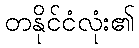
တနိုင်ငံလုံး၏